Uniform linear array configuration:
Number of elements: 4
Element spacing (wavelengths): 0.5
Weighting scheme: uniform
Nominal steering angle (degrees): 45
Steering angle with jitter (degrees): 46.726
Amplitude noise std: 0.05
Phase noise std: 0.05

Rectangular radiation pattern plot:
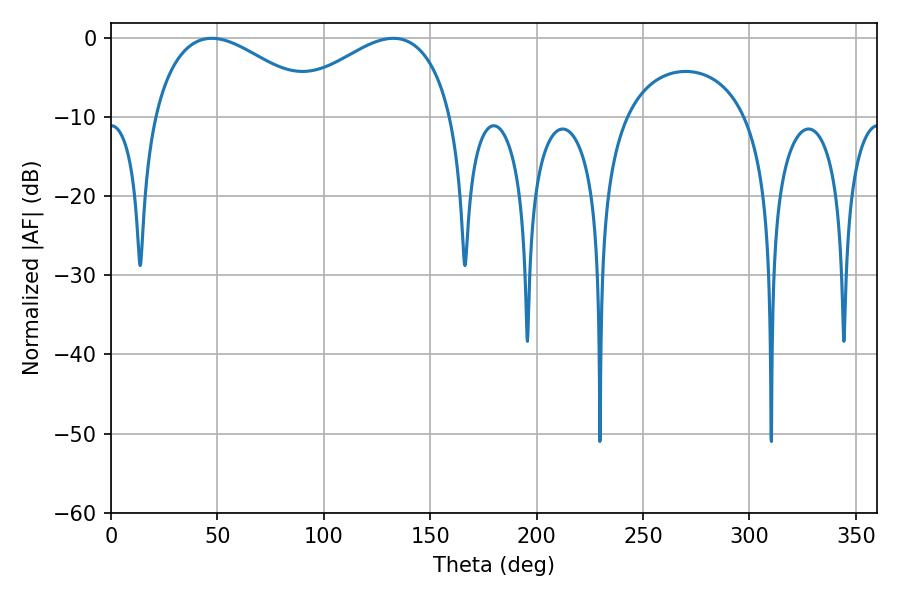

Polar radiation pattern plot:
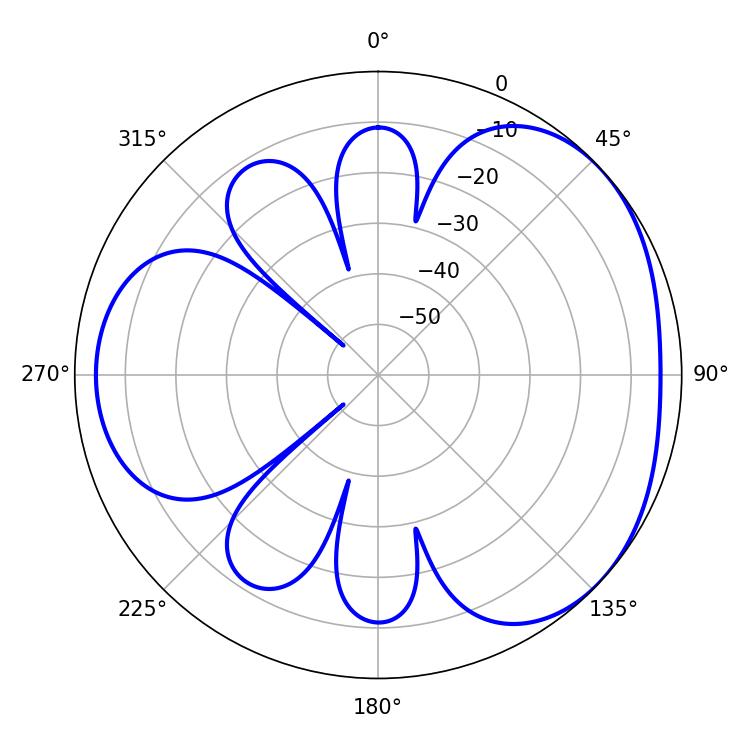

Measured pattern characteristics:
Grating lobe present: FALSE
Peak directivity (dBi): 3.41
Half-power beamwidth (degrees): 43.74
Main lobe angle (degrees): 47.34